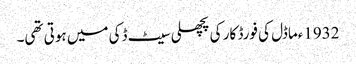
1932ءماڈل کی فورڈ کار کی پچھلی سیٹ ڈکی میں ہوتی تھی۔